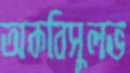
অকবিসুলভ